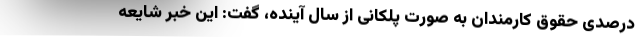
درصدی حقوق کارمندان به صورت پلکانی از سال آینده، گفت: این خبر شایعه